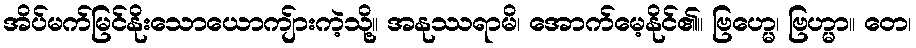
အိပ်မက်မြင်နိုးသောယောကျ်ားကဲ့သို့။ အနုဿရာမိ၊ အောက်မေ့နိုင်၏။ ဗြဟ္မေ၊ ဗြဟ္မာ။ တေ၊